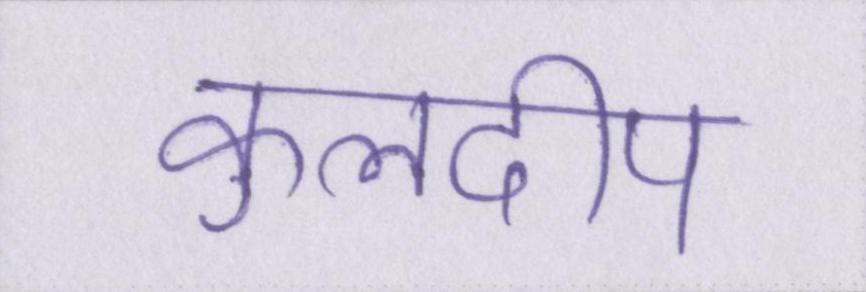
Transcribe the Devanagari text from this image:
कुलदीप